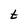
Character: t